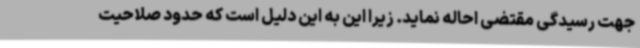
جهت رسیدگی مقتضی احاله نماید. زیرا این به این دلیل است که حدود صلاحیت